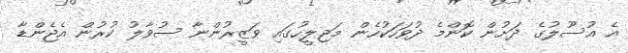
އެ އުސޫލުގެ ދަށުން ކޮންމެ ދުވަހަކުހެން މަޖިލީހުގައި ވަޒީރުންނާ ސުވާލު ކުރުން އެޖެންޑާ